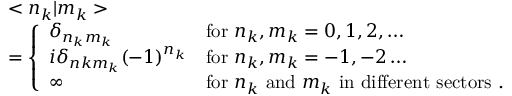
\begin{array} { l l } { { } } & { { < n _ { k } | m _ { k } > } } \\ { { } } & { { = \left\{ \begin{array} { l l } { { \delta _ { n _ { k } m _ { k } } } } & { { \mathrm { f o r } \ n _ { k } , m _ { k } = 0 , 1 , 2 , \ldots } } \\ { { i \delta _ { n k m _ { k } } ( - 1 ) ^ { n _ { k } } } } & { { \mathrm { f o r } \ n _ { k } , m _ { k } = - 1 , - 2 \ldots } } \\ { { \infty } } & { { \mathrm { f o r } \ n _ { k } \ \mathrm { a n d } \ m _ { k } \ \mathrm { i n \ d i f f e r e n t \ s e c t o r s } \ . } } \end{array} \right. } } \end{array}